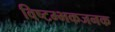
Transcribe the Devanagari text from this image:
विष्टम्भकजनक